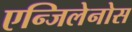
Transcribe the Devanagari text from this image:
एन्जिलेनोस